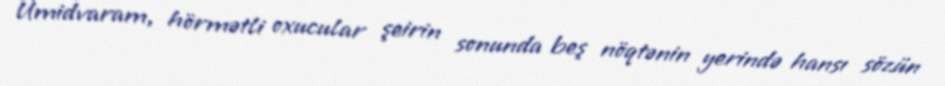
Ümidvaram, hörmətli oxucular şeirin sonunda beş nöqtənin yerində hansı sözün